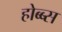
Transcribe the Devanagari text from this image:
होब्ब्स